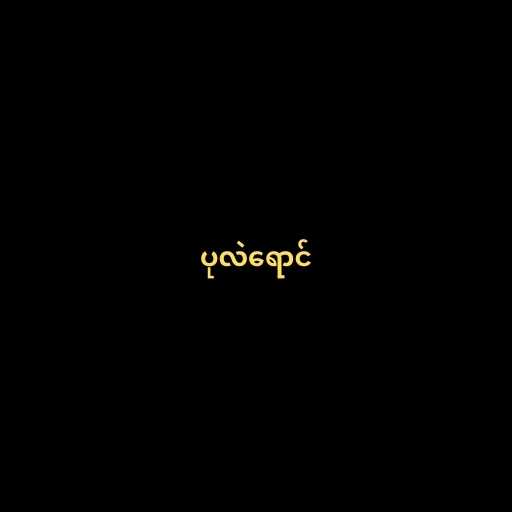
ပုလဲရောင်